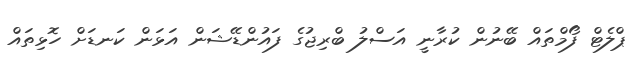
ޕްލެޓް ފޯމްތައް ބޭނުން ކުރާނީ އަސްލު ބްރިޖުގެ ފައުންޑޭޝަން އަޅަން ކަނޑަށް ހޮޅިތައް